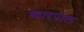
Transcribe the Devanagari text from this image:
व्दारपाल